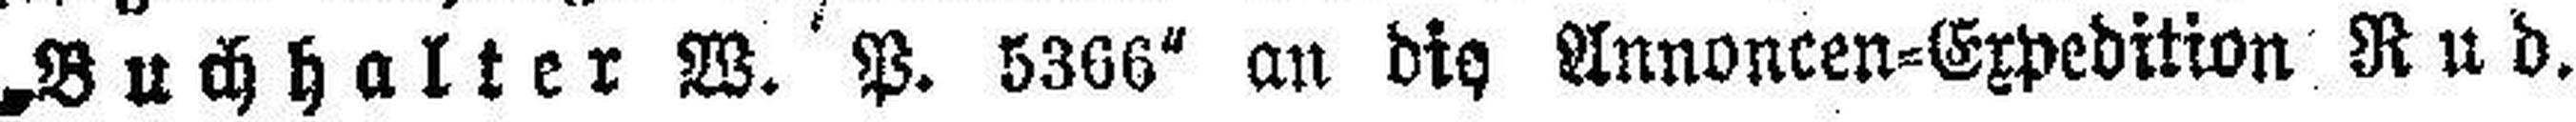
„Buchhalter W. P. 5366" an die Annoncen-Expedition Rud.